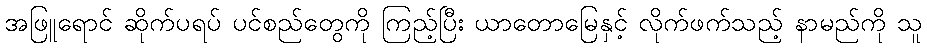
အဖြူရောင် ဆိုက်ပရပ် ပင်စည်တွေကို ကြည့်ပြီး ယာတောမြေနှင့် လိုက်ဖက်သည့် နာမည်ကို သူ